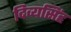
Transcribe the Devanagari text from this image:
दिव्यसिंह